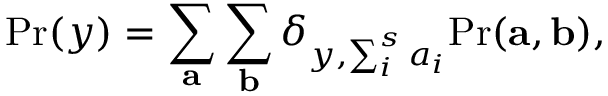
\mathrm { P r } ( y ) = \sum _ { \mathbf { a } } \sum _ { \mathbf { b } } \delta _ { y , \sum _ { i } ^ { s } a _ { i } } \mathrm { P r } ( \mathbf { a } , \mathbf { b } ) ,